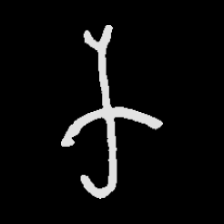
Pyu character \u2014 Myanmar letter: က (romanized: ka)